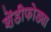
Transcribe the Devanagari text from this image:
शेंडीफोड्या